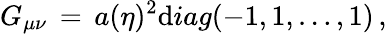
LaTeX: G_{\mu\nu}\, =\, a(\eta)^{2}\mathrm{d}iag(-1,1,\dots,1)\, ,